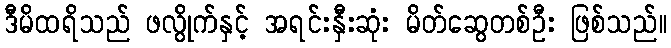
ဒီမိထရိသည် ဖလွိုက်နှင့် အရင်းနှီးဆုံး မိတ်ဆွေတစ်ဦး ဖြစ်သည်။